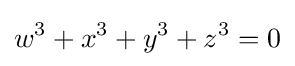
w^{3}+x^{3}+y^{3}+z^{3}=0